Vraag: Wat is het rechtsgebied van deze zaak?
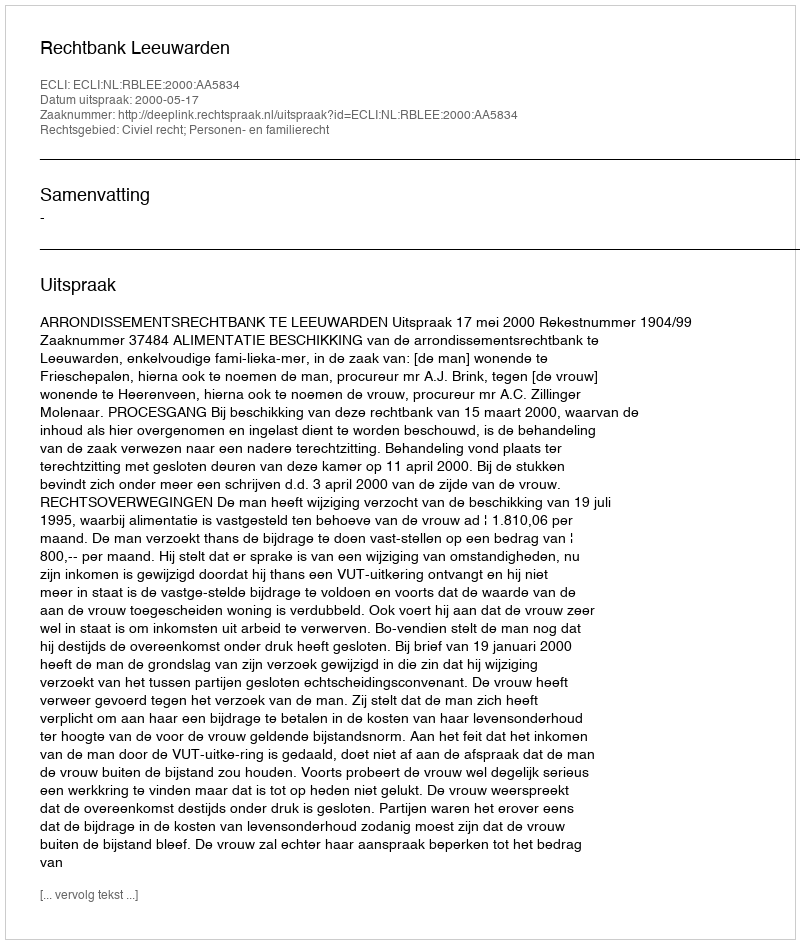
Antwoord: Civiel recht; Personen- en familierecht